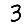
Digit: 3